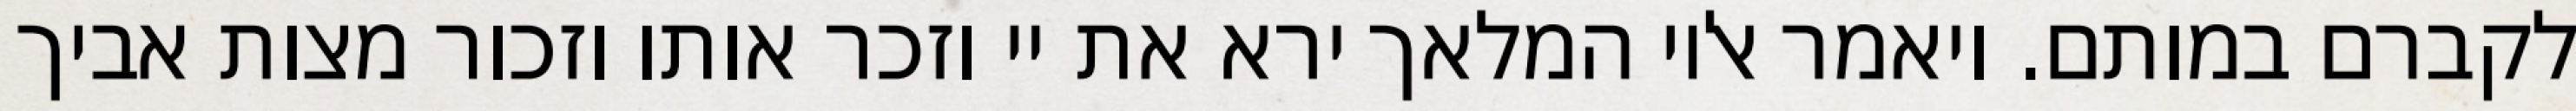
לקברם במותם. ויאמר אליו המלאך ירא את יי וזכר אותו וזכור מצות אביך